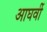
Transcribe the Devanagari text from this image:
आघवीं